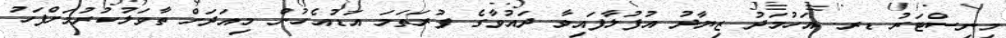
މިނިސްޓަރު ޑރ. އަހުމަދު ޒިޔާދު އުފުލާފައިވާ ދައުވާގެ ފުރަތަމަ އަޑުއެހުން މިއަދަށް ތާވަލުކުރުމަށްފަހު